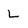
Character: L